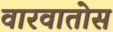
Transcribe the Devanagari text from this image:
वारवातोस